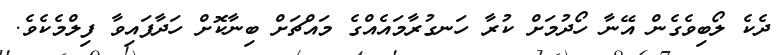
ދެކެ ލޯބިވެގެން އޭނާ ހޯދުމަށް ކުރާ ހަނގުރާމައެއްގެ މައްޗަށް ބިނާކޮށް ހަދާފައިވާ ފިލްމެކެވެ.